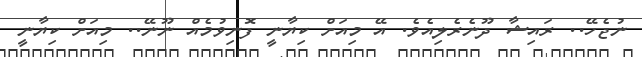
ނުޖެހޭ.. ރައިޝާ ދޫނެރެލިއެވެ. އޭ މިއަށް ކިޔާނީ ފޮނިވުމެއް ނޫނޭ.. މިއަށް ކިޔާނީ